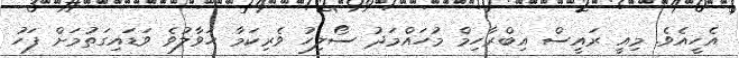
އެހީއެވެ. މިއީ ރައީސް އިބްރާހިމް މުހައްމަދު ސޯލިހު ވެރިކަމާ ހަވާލުވެ ވަޑައިގަތުމަށް ފަހު